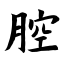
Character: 腔